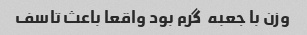
وزن با جعبه  گرم بود واقعا باعث تاسف